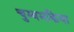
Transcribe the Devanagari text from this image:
चुम्वभकिया